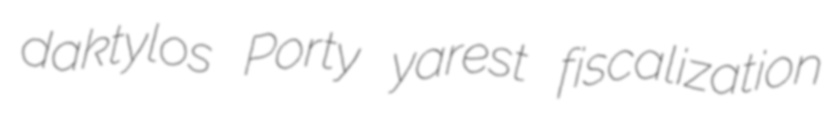
daktylos Porty yarest fiscalization